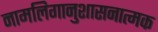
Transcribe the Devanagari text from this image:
नामलिगानुशासनात्मक